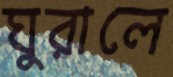
ঘুরালে